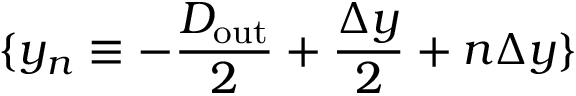
\{ y _ { n } \equiv - \frac { D _ { \mathrm { o u t } } } { 2 } + \frac { \Delta y } { 2 } + n \Delta y \}